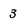
Character: 3